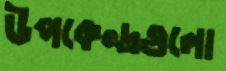
উপকেন্দ্রগুলো